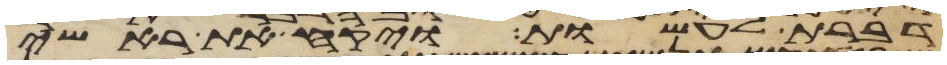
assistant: דברת לעשות ויקח את ראשי